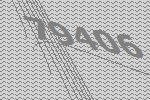
79406